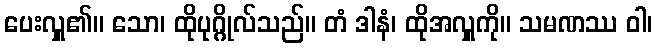
ပေးလှူ၏။ သော၊ ထိုပုဂ္ဂိုလ်သည်။ တံ ဒါနံ၊ ထိုအလှူကို။ သမဏဿ ဝါ၊